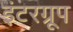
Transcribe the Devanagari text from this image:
इंटरग्रूप